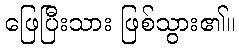
ဖြေပြီးသား ဖြစ်သွား၏။